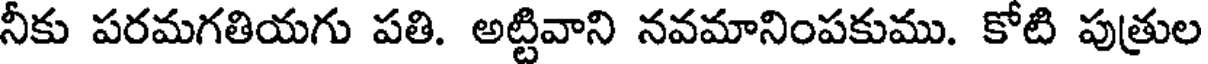
నీకు పరమగతియగు పతి. అట్టివాని నవమానింపకుము. కోటి పుత్రుల